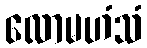
လောမဟံသံ